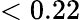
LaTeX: <0.22